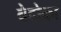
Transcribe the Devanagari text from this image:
वेदोका